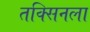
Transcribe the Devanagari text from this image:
तक्सिनला